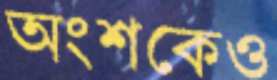
অংশকেও